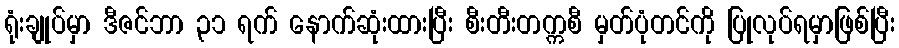
ရုံးချုပ်မှာ ဒီဇင်ဘာ ၃၁ ရက် နောက်ဆုံးထားပြီး စီးတီးတက္ကစီ မှတ်ပုံတင်ကို ပြုလုပ်ရမှာဖြစ်ပြီး